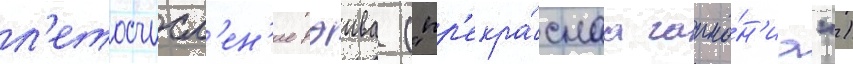
л'етосчисл'ен'ие рэива ("пр'екра́снаа гармо́н'иа")